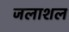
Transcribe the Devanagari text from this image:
जलाशल